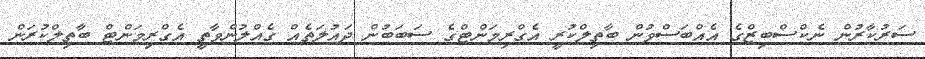
ސަރުކާރުން ނެކްސްބިޒްގެ އެއްބަސްވުން ބާތިލްކުރީ އެގްރިމަންޓްގެ ސަބަބުން ދައުލަތެއް ގެއްލުންވާތީ އެގްރިމަންޓް ބާތިލްކުރަން